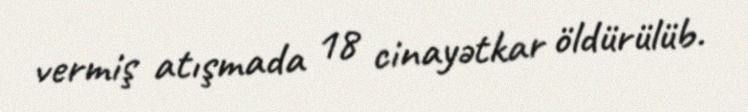
vermiş atışmada 18 cinayətkar öldürülüb.